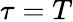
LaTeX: \tau=T